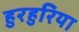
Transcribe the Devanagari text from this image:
हुरहुरिया